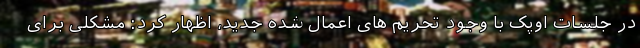
در جلسات اوپک با وجود تحریم های اعمال شده جدید، اظهار کرد: مشکلی برای